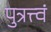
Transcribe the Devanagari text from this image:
पुत्रत्त्वं